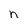
Character: n